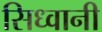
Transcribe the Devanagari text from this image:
सिध्वानी